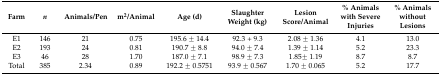
<table><thead><tr><td><b>Farm</b></td><td><b><i>n</i></b></td><td><b>Animals/Pen</b></td><td><b>m<sup>2</sup>/Animal</b></td><td><b>Age (d)</b></td><td><b>Slaughter Weight (kg)</b></td><td><b>Lesion Score/Animal</b></td><td><b>% Animals with Severe Injuries</b></td><td><b>% Animals without Lesions</b></td></tr></thead><tbody><tr><td>E1</td><td>146</td><td>21</td><td>0.75</td><td>195.6 ± 14.4 </td><td>92.3 + 9.3</td><td>2.08 ± 1.36</td><td>4.1</td><td>13.0</td></tr><tr><td>E2</td><td>193</td><td>24</td><td>0.81</td><td>190.7 ± 8.8</td><td>94.0 ± 7.4</td><td>1.39 ± 1.14</td><td>5.2</td><td>23.3</td></tr><tr><td>E3</td><td>46</td><td>28</td><td>1.70</td><td>187.0 ± 7.1</td><td>98.9 ± 7.3</td><td>1.85± 1.19</td><td>8.7</td><td>8.7</td></tr><tr><td>Total</td><td>385</td><td>2.34</td><td>0.89</td><td>192.2 ± 0.5751</td><td>93.9 ± 0.567</td><td>1.70 ± 0.065</td><td>5.2</td><td>17.7</td></tr></tbody></table>